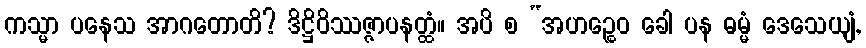
ကသ္မာ ပနေသ အာဂတောတိ? ဒိဋ္ဌိဝိဿဇ္ဇာပနတ္ထံ။ အပိ စ “အဟဉ္စေဝ ခေါ ပန ဓမ္မံ ဒေသေယျံ,